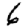
Digit: 6